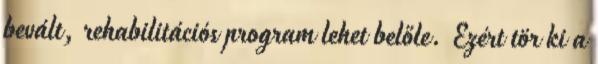
bevált, rehabilitációs program lehet belőle. Ezért tör ki a